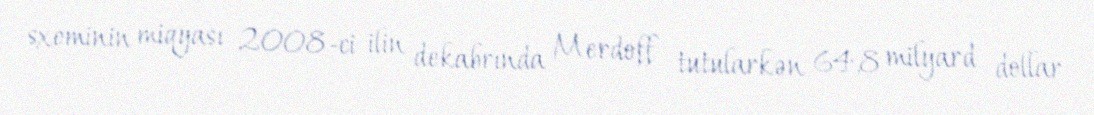
sxeminin miqyası 2008-ci ilin dekabrında Merdoff tutularkən 64,8 milyard dollar